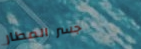
جسر المطار